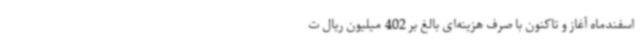
اسفندماه آغاز و تاکنون با صرف هزینه‌ای بالغ‌ بر 402 میلیون ریال ت